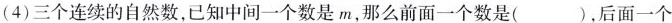
(4)三个连续的自然数，已知中间一个数是m，那么前面一个数是( )，后面一个